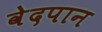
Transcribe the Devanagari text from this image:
वेदपान